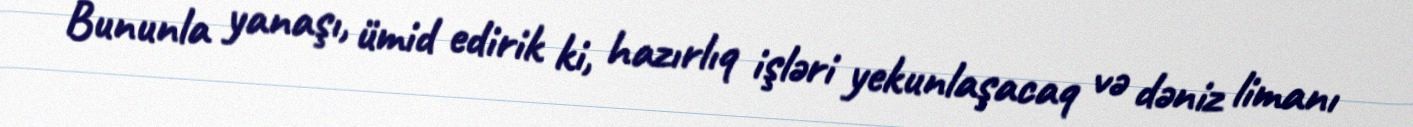
Bununla yanaşı, ümid edirik ki, hazırlıq işləri yekunlaşacaq və dəniz limanı